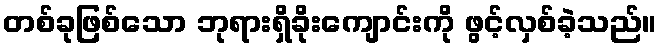
တစ်ခုဖြစ်သော ဘုရားရှိခိုးကျောင်းကို ဖွင့်လှစ်ခဲ့သည်။